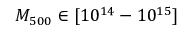
M _ { 5 0 0 } \in [ 1 0 ^ { 1 4 } - 1 0 ^ { 1 5 } ]